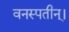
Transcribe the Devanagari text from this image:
वनस्पतीन्।